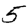
Digit: 5